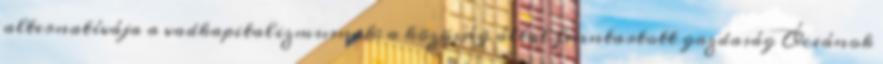
alternatívája a vadkapitalizmusnak: a közösség által fenntartott gazdaság Óceánok